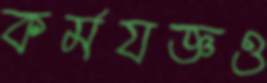
কর্মযজ্ঞও